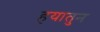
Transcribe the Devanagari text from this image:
हयातुन